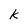
Character: k